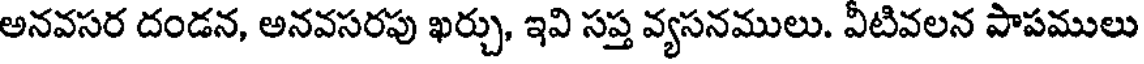
అనవసర దండన, అనవసరపు ఖర్చు, ఇవి సప్త వ్యసనములు. వీటివలన పాపములు